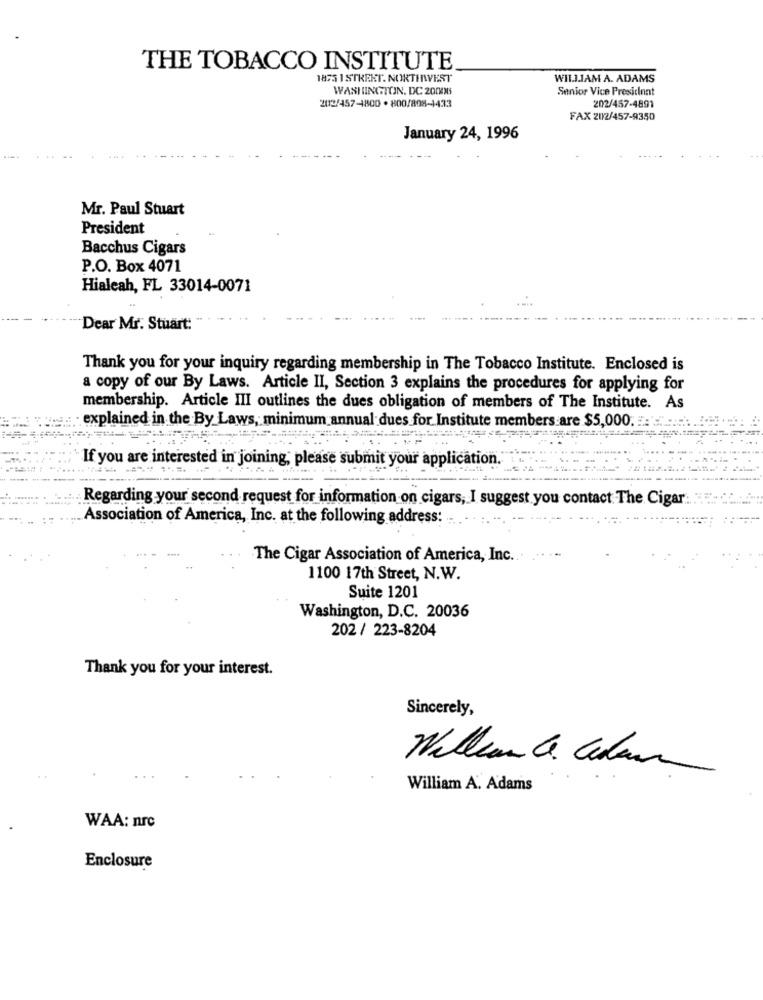
THE TOBACCO INSTITUTE
1875 1 STREET. NORTINVEST
WILLIAM A. ADAMS
WASHINGTON, DC 20006
Senior Vice President
202/457-4800 . 800/808-1433
202/457-4891
FAX 202/457-9350
January 24, 1996
Mr. Paul Stuart
President
Bacchus Cigars
P.O. Box 4071
Hialeah, FL 33014-0071
Dear Mr. Stuart:
Thank you for your inquiry regarding membership in The Tobacco Institute. Enclosed is
a copy of our By Laws. Article II, Section 3 explains the procedures for applying for
membership. Article III outlines the dues obligation of members of The Institute. As
explained in the By Laws, minimum annual dues for Institute members are $5,000. ..:
If you are interested in joining, please submit your application.
Regarding your second request for information on cigars, I suggest you contact The Cigar:
Association of America, Inc. at the following address:
The Cigar Association of America, Inc.
1100 17th Street, N.W.
Suite 1201
Washington, D.C. 20036
202 / 223-8204
Thank you for your interest.
Sincerely,
William a Clear
William A. Adams
WAA: nrc
Enclosure